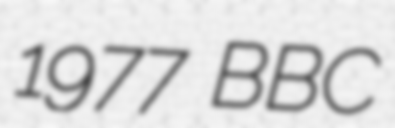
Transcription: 1977 BBC